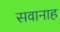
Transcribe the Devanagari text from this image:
सवानाह